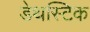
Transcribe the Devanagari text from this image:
डेथस्टिक